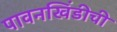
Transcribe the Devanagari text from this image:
पावनखिंडीची